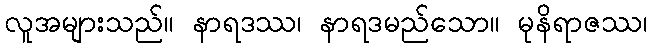
လူအများသည်။ နာရဒဿ၊ နာရဒမည်သော။ မုနိရာဇဿ၊